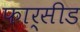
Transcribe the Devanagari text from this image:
फार्सीड